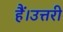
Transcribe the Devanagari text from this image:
हैं।उत्तरी